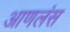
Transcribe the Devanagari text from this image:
आणलंस